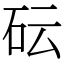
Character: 𥐯